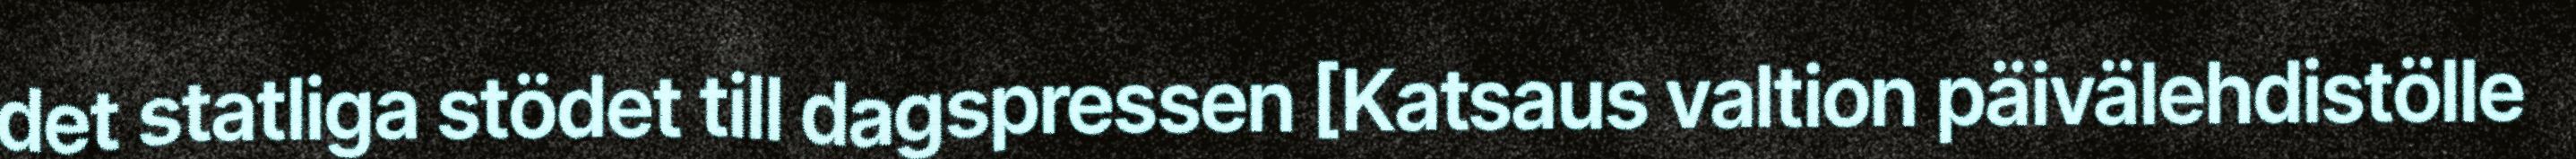
det statliga stödet till dagspressen [Katsaus valtion päivälehdistölle